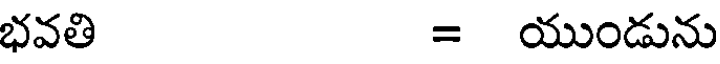
భవతి = యుండును